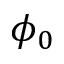
\phi _ { 0 }